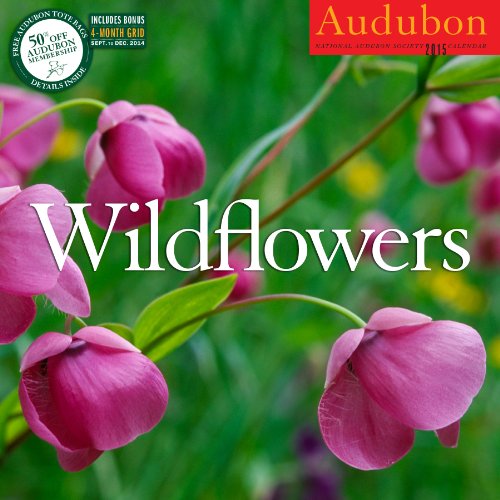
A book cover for Audubon Wildflowers Calendar 2015; National Audubon Society; Calendars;